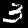
Digit: 3